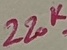
Text: 22OK